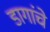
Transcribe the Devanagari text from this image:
डागांचे